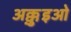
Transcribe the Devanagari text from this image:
अक्क़ुइओ